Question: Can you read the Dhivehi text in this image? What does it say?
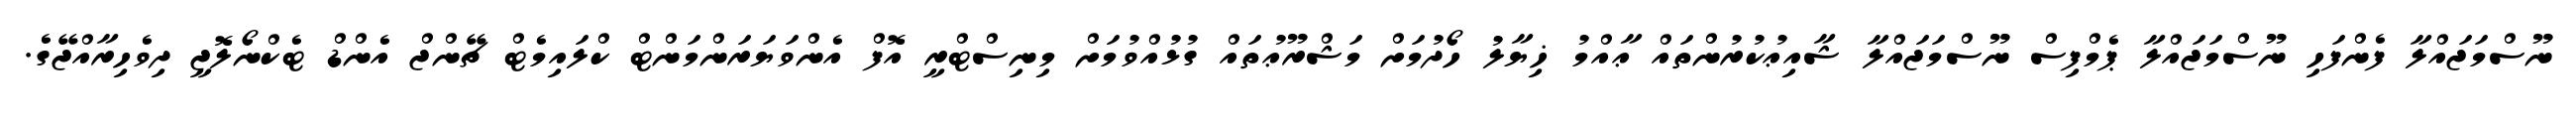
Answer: ނޫސްމަޖައްލާ ފެންފަހި ނޫސްމަޖައްލާ ޕެމްފިސް ނޫސްމަޖައްލާ ޝާއިޢުކުރުންތައް ޢާއްމު ޚިޔާލު ހޯދުމަށް މަޝްރޫޢުތައް ގުޅުއްވުމަށް މިނިސްޓްރީ އޮފް އެންވަޔަރަންމަންޓް ކްލައިމެޓް ޗޭންޖް އެންޑް ޓެކްނޯލޮޖީ ދިވެހިރާއްޖޭގެ.